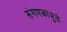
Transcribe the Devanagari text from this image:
संगणकांमुळे